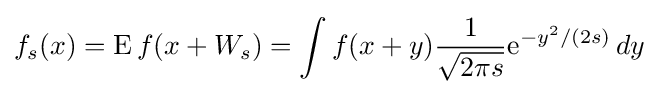
f_{s}(x)=\operatorname {E} f(x+W_{s})=\int f(x+y){\frac {1}{\sqrt {2\pi s}}}\mathrm {e} ^{-y^{2}/(2s)}\,dy